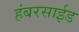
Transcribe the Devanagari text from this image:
हंबरसाईड